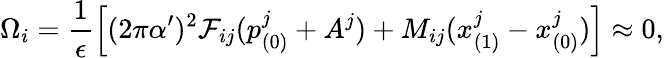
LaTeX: \Omega_{i}=\frac{1}{\epsilon}\left[(2\pi\alpha^{\prime})^{2}{\cal F}_{ij}(p_{(0)}^{j}+A^{j})+M_{ij}(x_{(1)}^{j}-x_{(0)}^{j})\right]\approx 0,